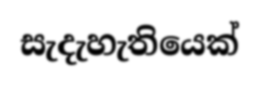
සැදැහැතියෙක්